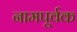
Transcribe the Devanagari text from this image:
नामपूर्वक